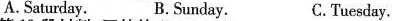
A.Saturday. B.Sunday. C.Tuesday.